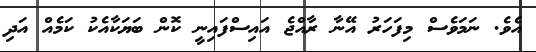
އެވެ. ނަމަވެސް މިފަހަރު އޭނާ ރާއްޖެ އައިސްފައިނީ ކޮން ބަޔަކާއެކު ކަމެއް އަދި